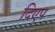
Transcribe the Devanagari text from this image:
दिएप